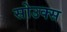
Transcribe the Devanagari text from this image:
सोउक्स